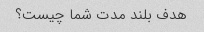
هدف بلند مدت شما چیست؟